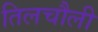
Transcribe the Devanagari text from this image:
तिलचौली